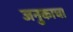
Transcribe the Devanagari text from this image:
जनुकाचा